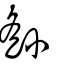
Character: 䌛